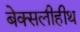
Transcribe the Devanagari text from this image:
बेक्सलीहीथ